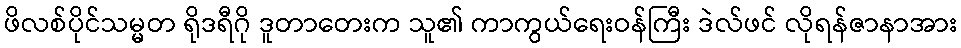
ဖိလစ်ပိုင်သမ္မတ ရိုဒရီဂို ဒူတာတေးက သူ၏ ကာကွယ်ရေးဝန်ကြီး ဒဲလ်ဖင် လိုရန်ဇာနာအား